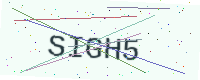
Text: SIGH5